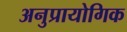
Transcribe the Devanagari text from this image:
अनुप्रायोगिक